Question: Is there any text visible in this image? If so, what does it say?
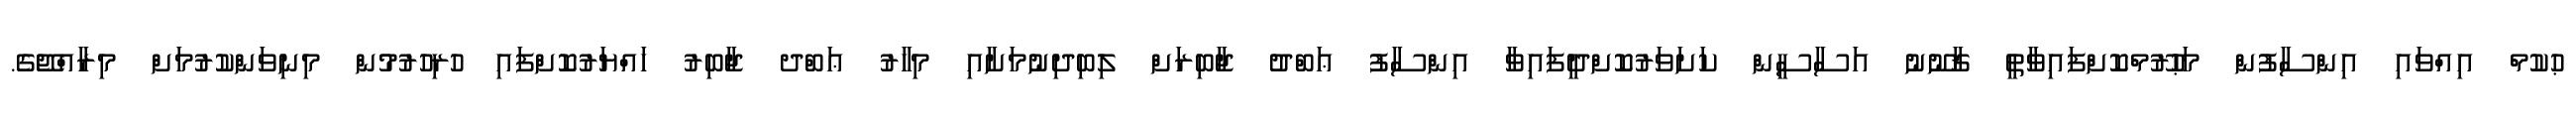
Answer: ޙުކުމް އިއްވައި އިންސާފުން މަޙުރޫމްކޮށްފައިވާތީ ޤާނޫނު އަސާސީން ކަށަވަރުކޮށްދީފައިވާ އިންސާފު ޢަބްދު ޖާބިރަށް ލިބިދިނުމަށާއި މިހާރު ޢަބްދ ޖާބިރު ހައްޔަރުކޮށްފައި ހުރިހުރުމުން މިނިވަންކުރުމަށް މިރާއްޖޭގެ.